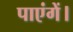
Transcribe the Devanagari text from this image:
पाएंगें।